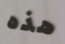
هذه